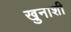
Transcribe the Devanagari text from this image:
खुनाशी